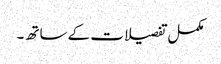
مکمل تفصیلات کے ساتھ ۔